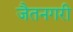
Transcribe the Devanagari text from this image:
जैतनगरी